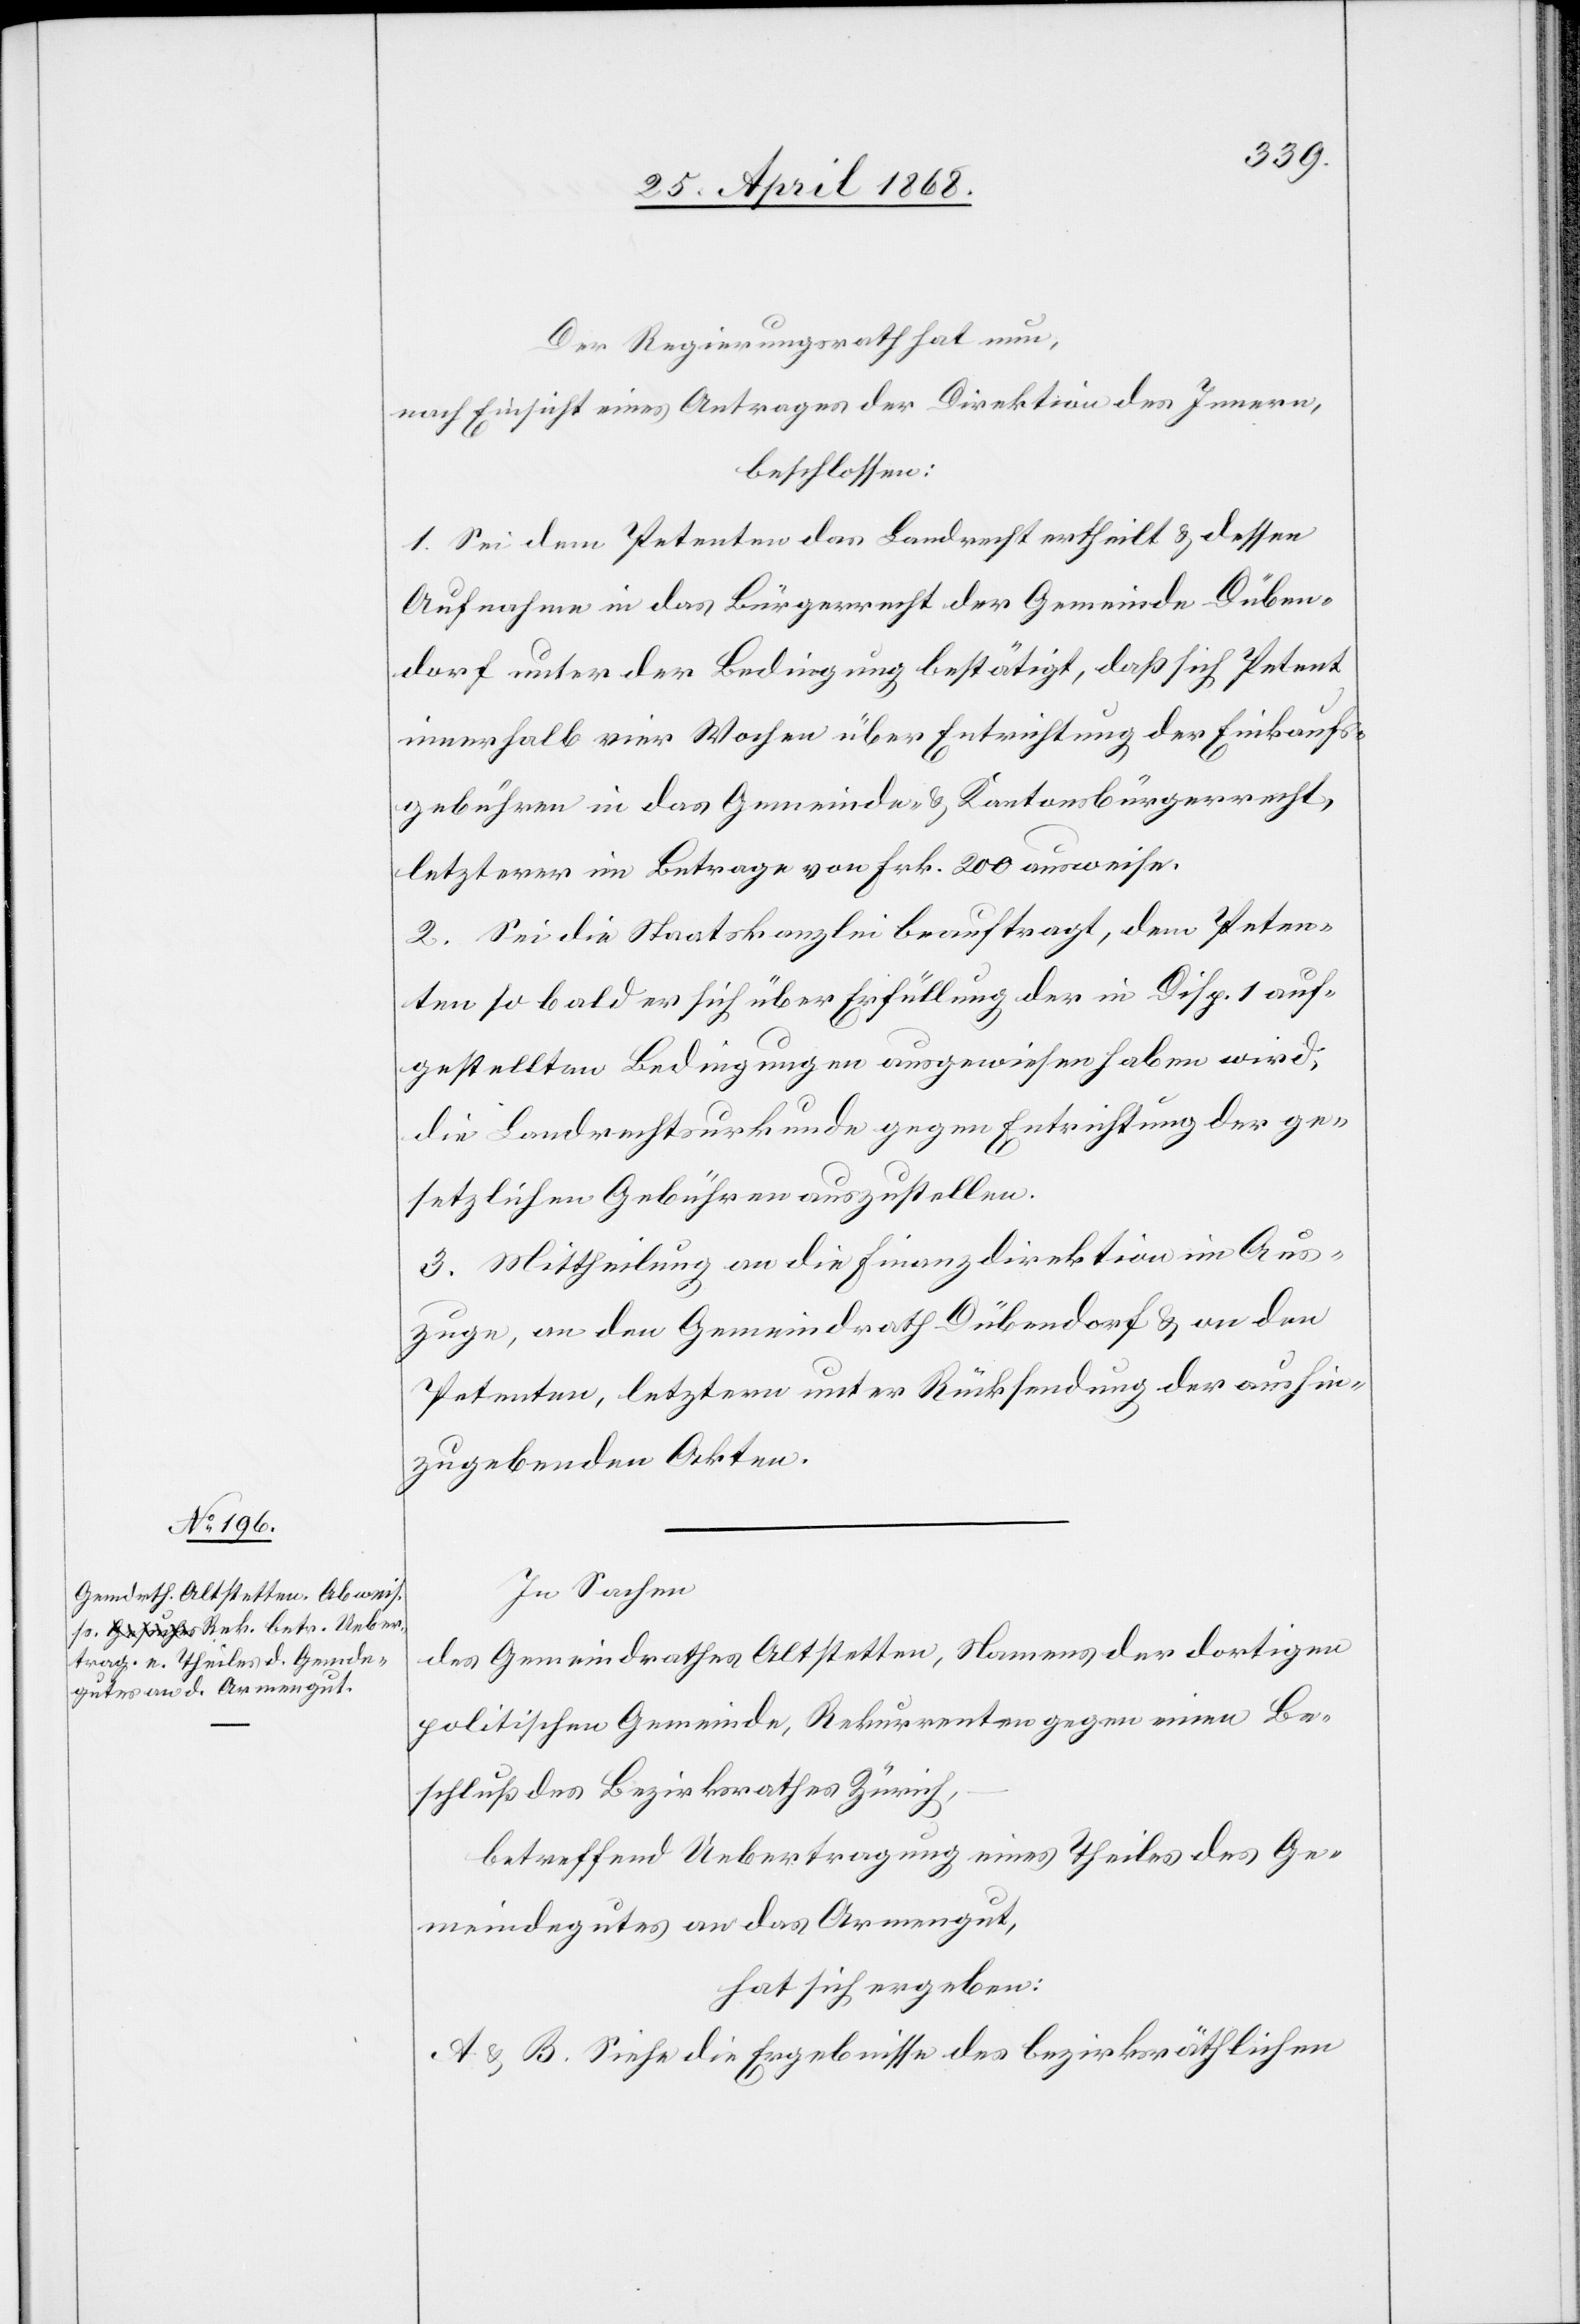
Der Regierungsrath hat nun,
nach Einsicht eines Antrages der Direktion des Innern,
beschlossen:
1. Sei dem Petenten das Landrecht ertheilt & dessen
Aufnahme in das Bürgerrecht der Gemeinde Düben¬
dorf unter der Bedingung bestätigt, daß sich Petent
innerhalb vier Wochen über Entrichtung der Einkaufs¬
gebühren in das Gemeinde- & Kantonsbürgerrecht,
letzterer im Betrage von Frk. 200 ausweise.
2. Sei die Staatskanzlei beauftragt, dem Peten¬
ten so bald er sich über Erfüllung der in Disp. 1 auf¬
gestellten Bedingungen ausgewiesen haben wird,
die Landrechtsurkunde gegen Entrichtung der ge¬
setzlichen Gebühren auszustellen.
3. Mittheilung an die Finanzdirektion im Aus¬
zuge, an den Gemeindrath Dübendorf & an den
Petenten, letztern unter Rücksendung der aushin¬
zugebenden Akten.
In Sachen
des Gemeindrathes Altstetten, Namens der dortigen
politischen Gemeinde, Rekurrenten gegen einen Be¬
schluß des Bezirksrathes Zürich,
betreffend Uebertragung eines Theiles des Ge¬
meindegutes an das Armengut,
hat sich ergeben:
A & B. Siehe die Ergebnisse des bezirksräthlichen